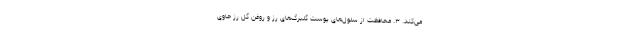
می‌کند. ۳. محافظت از سلول‌های پوست گلبرگ‌های رز و روغن گل رز حاوی